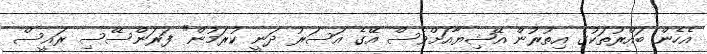
އެހެން ބައްރުތަކުގެ އިތުރުން އޭޝިޔާއަށްވެސް އޭގެ އަސަރު ދަނީ ކުރަމުން" ފަރަންސޭސި ރައީސް